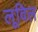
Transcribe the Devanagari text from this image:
लूविल